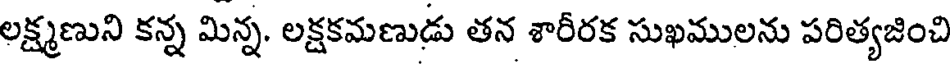
లక్ష్మణుని కన్న మిన్న. లక్షకమణుడు తన శారీరక సుఖములను పరిత్యజించి